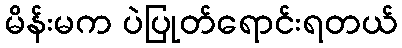
မိန်းမက ပဲပြုတ်ရောင်းရတယ်